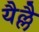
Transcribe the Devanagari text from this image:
यैल्लै